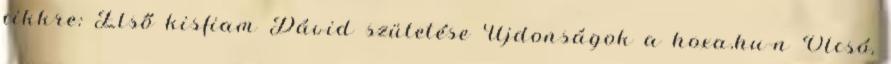
cikkre: Első kisfiam Dávid születése Újdonságok a hoxa.hu-n Olcsó,